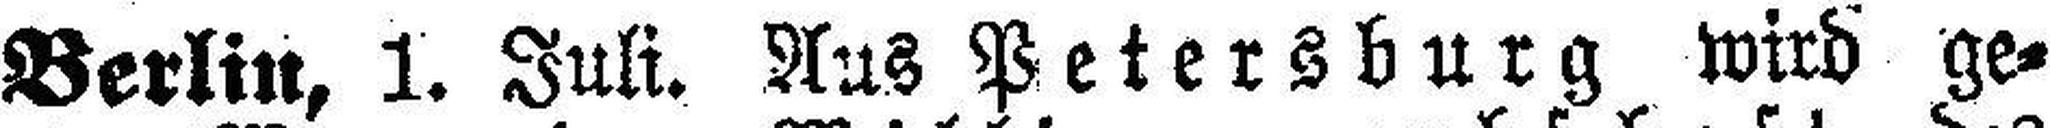
Berlin, 1. Juli. Aus Petersburg wird ge¬